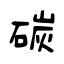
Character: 碳